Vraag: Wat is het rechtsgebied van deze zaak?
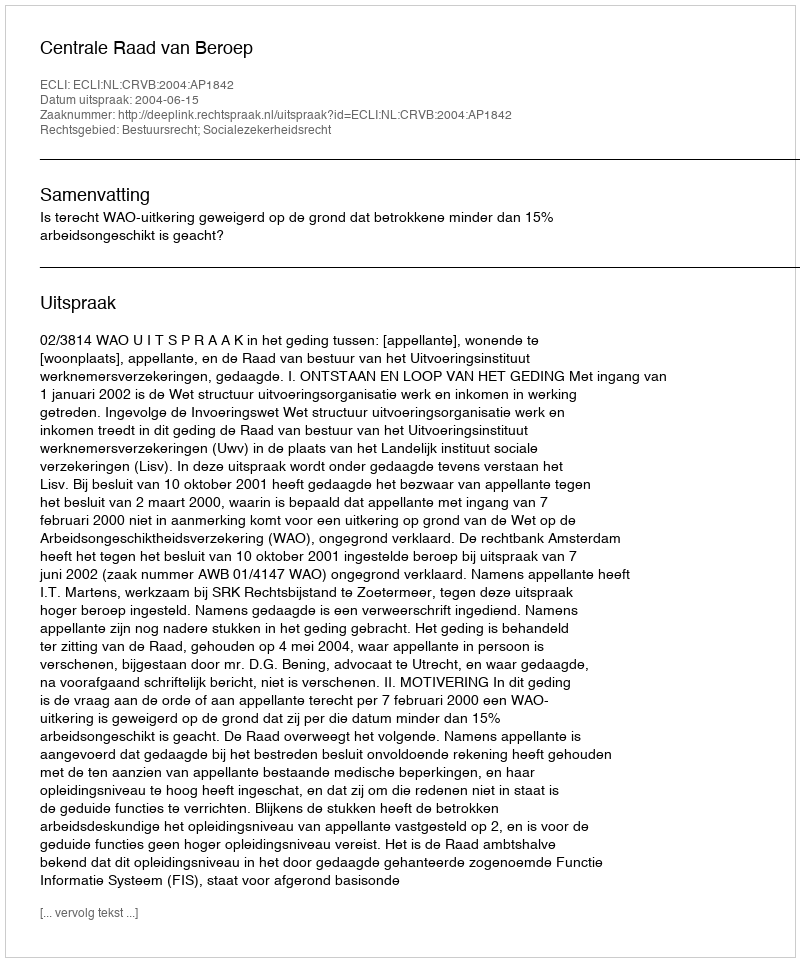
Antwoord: Bestuursrecht; Socialezekerheidsrecht